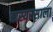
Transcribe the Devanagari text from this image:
हास्यरसाला